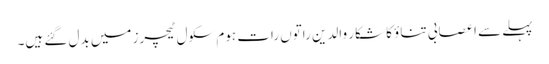
پہلے سے اعصابی تناؤ کا شکار والدین راتوں رات ہوم سکول ٹیچرز میں بدل گئے ہیں۔